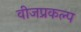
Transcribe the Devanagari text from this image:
वीजप्रकल्प